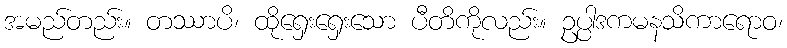
အမည်တည်း။ တဿာပိ၊ ထိုရှေးရှေးသော ပီတိကိုလည်း။ ဥပ္ပါဒကမနသိကာရောဝ၊